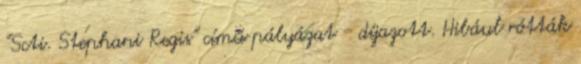
"Scti. Stephani Regis" című pályázat - díjazott. Hibául rótták